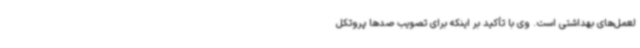
لعمل‌های بهداشتی است. وی با تأکید بر اینکه برای تصویب صدها پروتکل